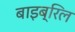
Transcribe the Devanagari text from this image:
बाइब्रिल